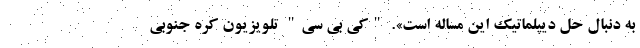
به دنبال حل دیپلماتیک این مساله است». "کی بی سی" تلویزیون کره جنوبی